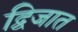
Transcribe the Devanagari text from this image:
द्विजात